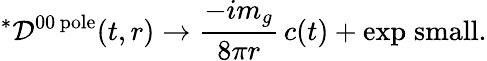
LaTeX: ^{*}{\cal D}^{00\, \mathrm{pole}}(t,r)\to{\frac{-im_{g}}{8\pi r}}\, c(t)+\mathrm{exp\; small}.